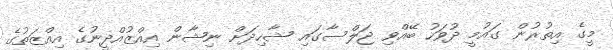
މީގެ އިތުރުން ގައުމީ ދުވަހު ބޭއްވި ޖަލްސާގައި ޝާހިދަށް ނިޝާން އިއްޒުއްދީނުގެ އިއްޒަތުގެ